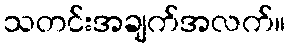
သတင်းအချက်အလက်။